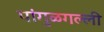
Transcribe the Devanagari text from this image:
पांगुळगल्ली